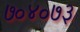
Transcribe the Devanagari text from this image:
७०४०७३